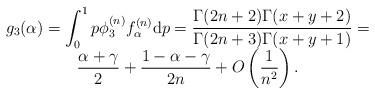
LaTeX: \begin{align*} \begin{array}{c} \displaystyle g_3(\alpha) = \int_{0}^{1} p \phi^{(n)}_3 f^{(n)}_\alpha {\rm d} p = \frac{\Gamma(2n+2) \Gamma (x+y+2)}{\Gamma(2n+3) \Gamma(x+y+1)} = \\ \displaystyle \frac{\alpha+\gamma}{2} + \frac{1-\alpha-\gamma}{2n} + O \left(\frac{1}{n^2} \right). \end{array} \end{align*}